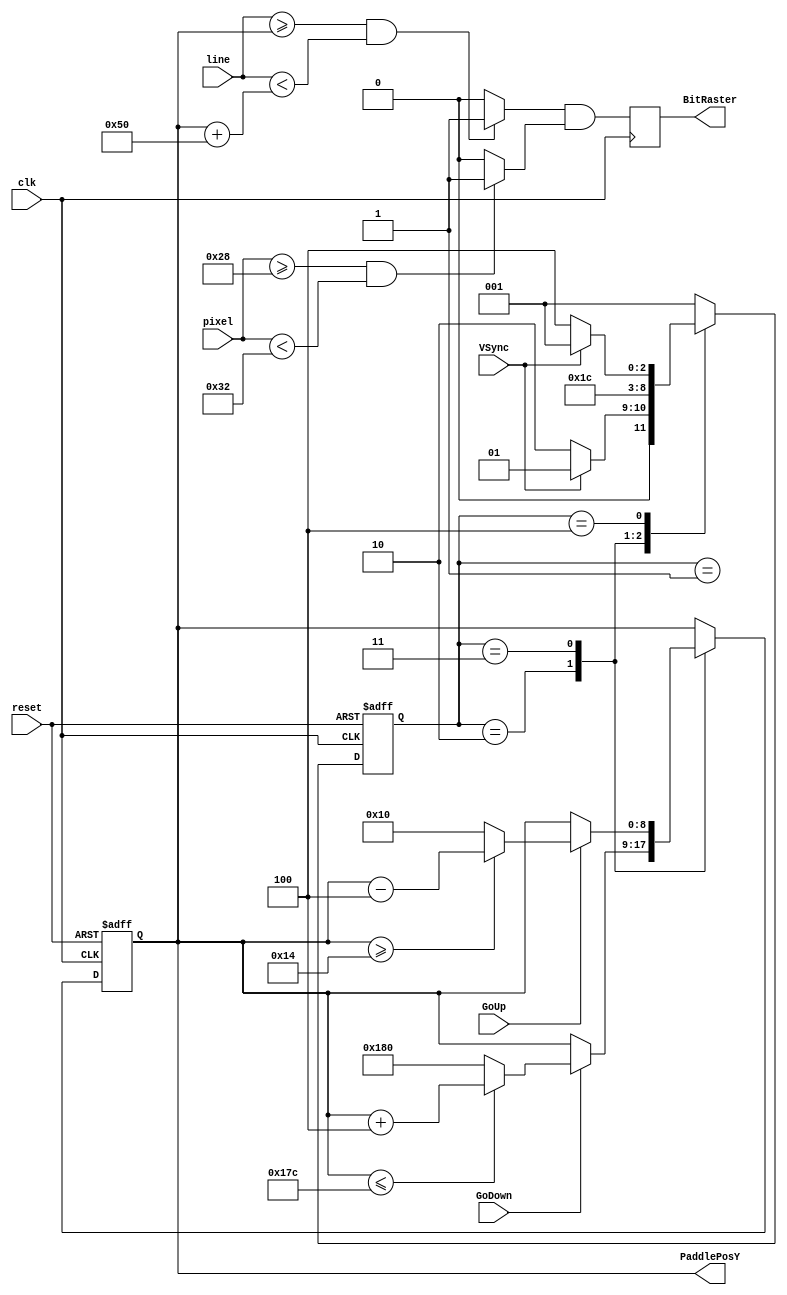
`timescale 1ns / 1ps
//////////////////////////////////////////////////////////////////////////////////
// Company: 
// Engineer: 
// 
// Design Name: 
// Module Name:    paddle 
// Project Name: 
// Target Devices: 
// Tool versions: 
// Description: 
//
// Dependencies: 
//
// Revision: 
// Revision 0.01 - File Created
// Additional Comments: 
//
//////////////////////////////////////////////////////////////////////////////////
module paddle(clk,reset,VSync,GoUp,GoDown,line,pixel,BitRaster,PaddlePosY);
input clk;
input reset;
input VSync;
input GoUp;
input GoDown;
input [8:0]line;
input [9:0]pixel;
output reg BitRaster;
output reg[8:0] PaddlePosY;

reg HorPaddle; //  "1"        
reg VertPaddle; //  "1"        
reg [2:0] SSMovePaddle;//

parameter 
	WaitVS=3'd 1,//  
	IncPosY=3'd 2,
	DecPosY=3'd 3,
	Load=3'd 4;

//    
always @(posedge clk or negedge  reset )
	begin
		if(!reset)	
			begin 
				SSMovePaddle=WaitVS;
				PaddlePosY=16; 
			end//   
		else	
			begin
				case (SSMovePaddle)
					WaitVS:
						begin //a    
							if (VSync==0) 
								SSMovePaddle=IncPosY; //  
							else 
								SSMovePaddle=WaitVS;
							end
					IncPosY: //b    PaddlePosY
						begin
							if(GoDown ) // ?
								begin
									if (PaddlePosY<=380)//      4
										begin
											PaddlePosY=PaddlePosY+4;
										end
									else
										begin
											PaddlePosY=384; //   
										end
								end
							SSMovePaddle = DecPosY; //  
						end
					DecPosY: //c    PaddlePosY
						begin
							if(GoUp)// ?
								begin
									if (PaddlePosY>=20)//      4
										begin
											PaddlePosY=PaddlePosY-4;
										end
									else
										begin
											PaddlePosY=16; //   
										end
								end
							SSMovePaddle=Load;
						end
					Load: //d 
						begin
							if(VSync)
								SSMovePaddle=WaitVS;
							else
								SSMovePaddle=Load;
						end
					default: 
						SSMovePaddle=WaitVS;
				endcase
			end
	end
	
//    
always @(posedge clk) // 10 80
	begin
		if (pixel >= 40 && pixel < 50) 
			HorPaddle=1;// paddle2.v
		else 
			HorPaddle=0;
		if (line >= PaddlePosY && line <(PaddlePosY+80)) 
			VertPaddle=1;
		else 
			VertPaddle=0;
		BitRaster = VertPaddle&&HorPaddle; // HorPaddle VertPaddle 1 BitRaster 1
	end
	
endmodule